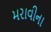
મરાવીના